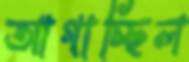
আগাচ্ছিল